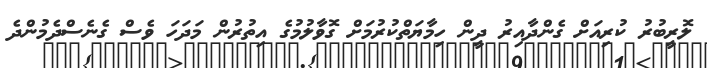
ލޮރީބުރު ކުރިއަށް ގެންދާއިރު ދީން ހިމާޔަތްކުރުމަށް ގޮވާލުމުގެ އިތުރުން މަދަހަ ވެސް ގެނެސްދެމުންދެ